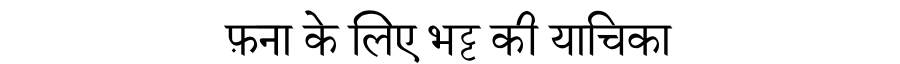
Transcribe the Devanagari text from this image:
फ़ना के लिए भट्ट की याचिका